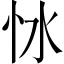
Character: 𢗷